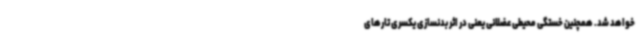
خواهد شد. همچنین خستگی محیطی عضلانی یعنی در اثر بدنسازی یکسری تارهای